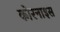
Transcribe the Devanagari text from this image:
कोरनाइस